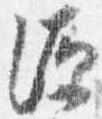
源